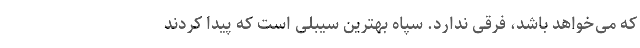
که می‌خواهد باشد، فرقی ندارد. سپاه بهترین سیبلی است که پیدا کردند